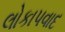
લોકાપવાદ